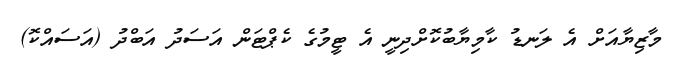
މާޒިޔާއަށް އެ ލަނޑު ކާމިޔާބުކޮށްދިނީ އެ ޓީމުގެ ކެޕްޓަން އަސަދު އަބްދު (އަސައްކޮ)